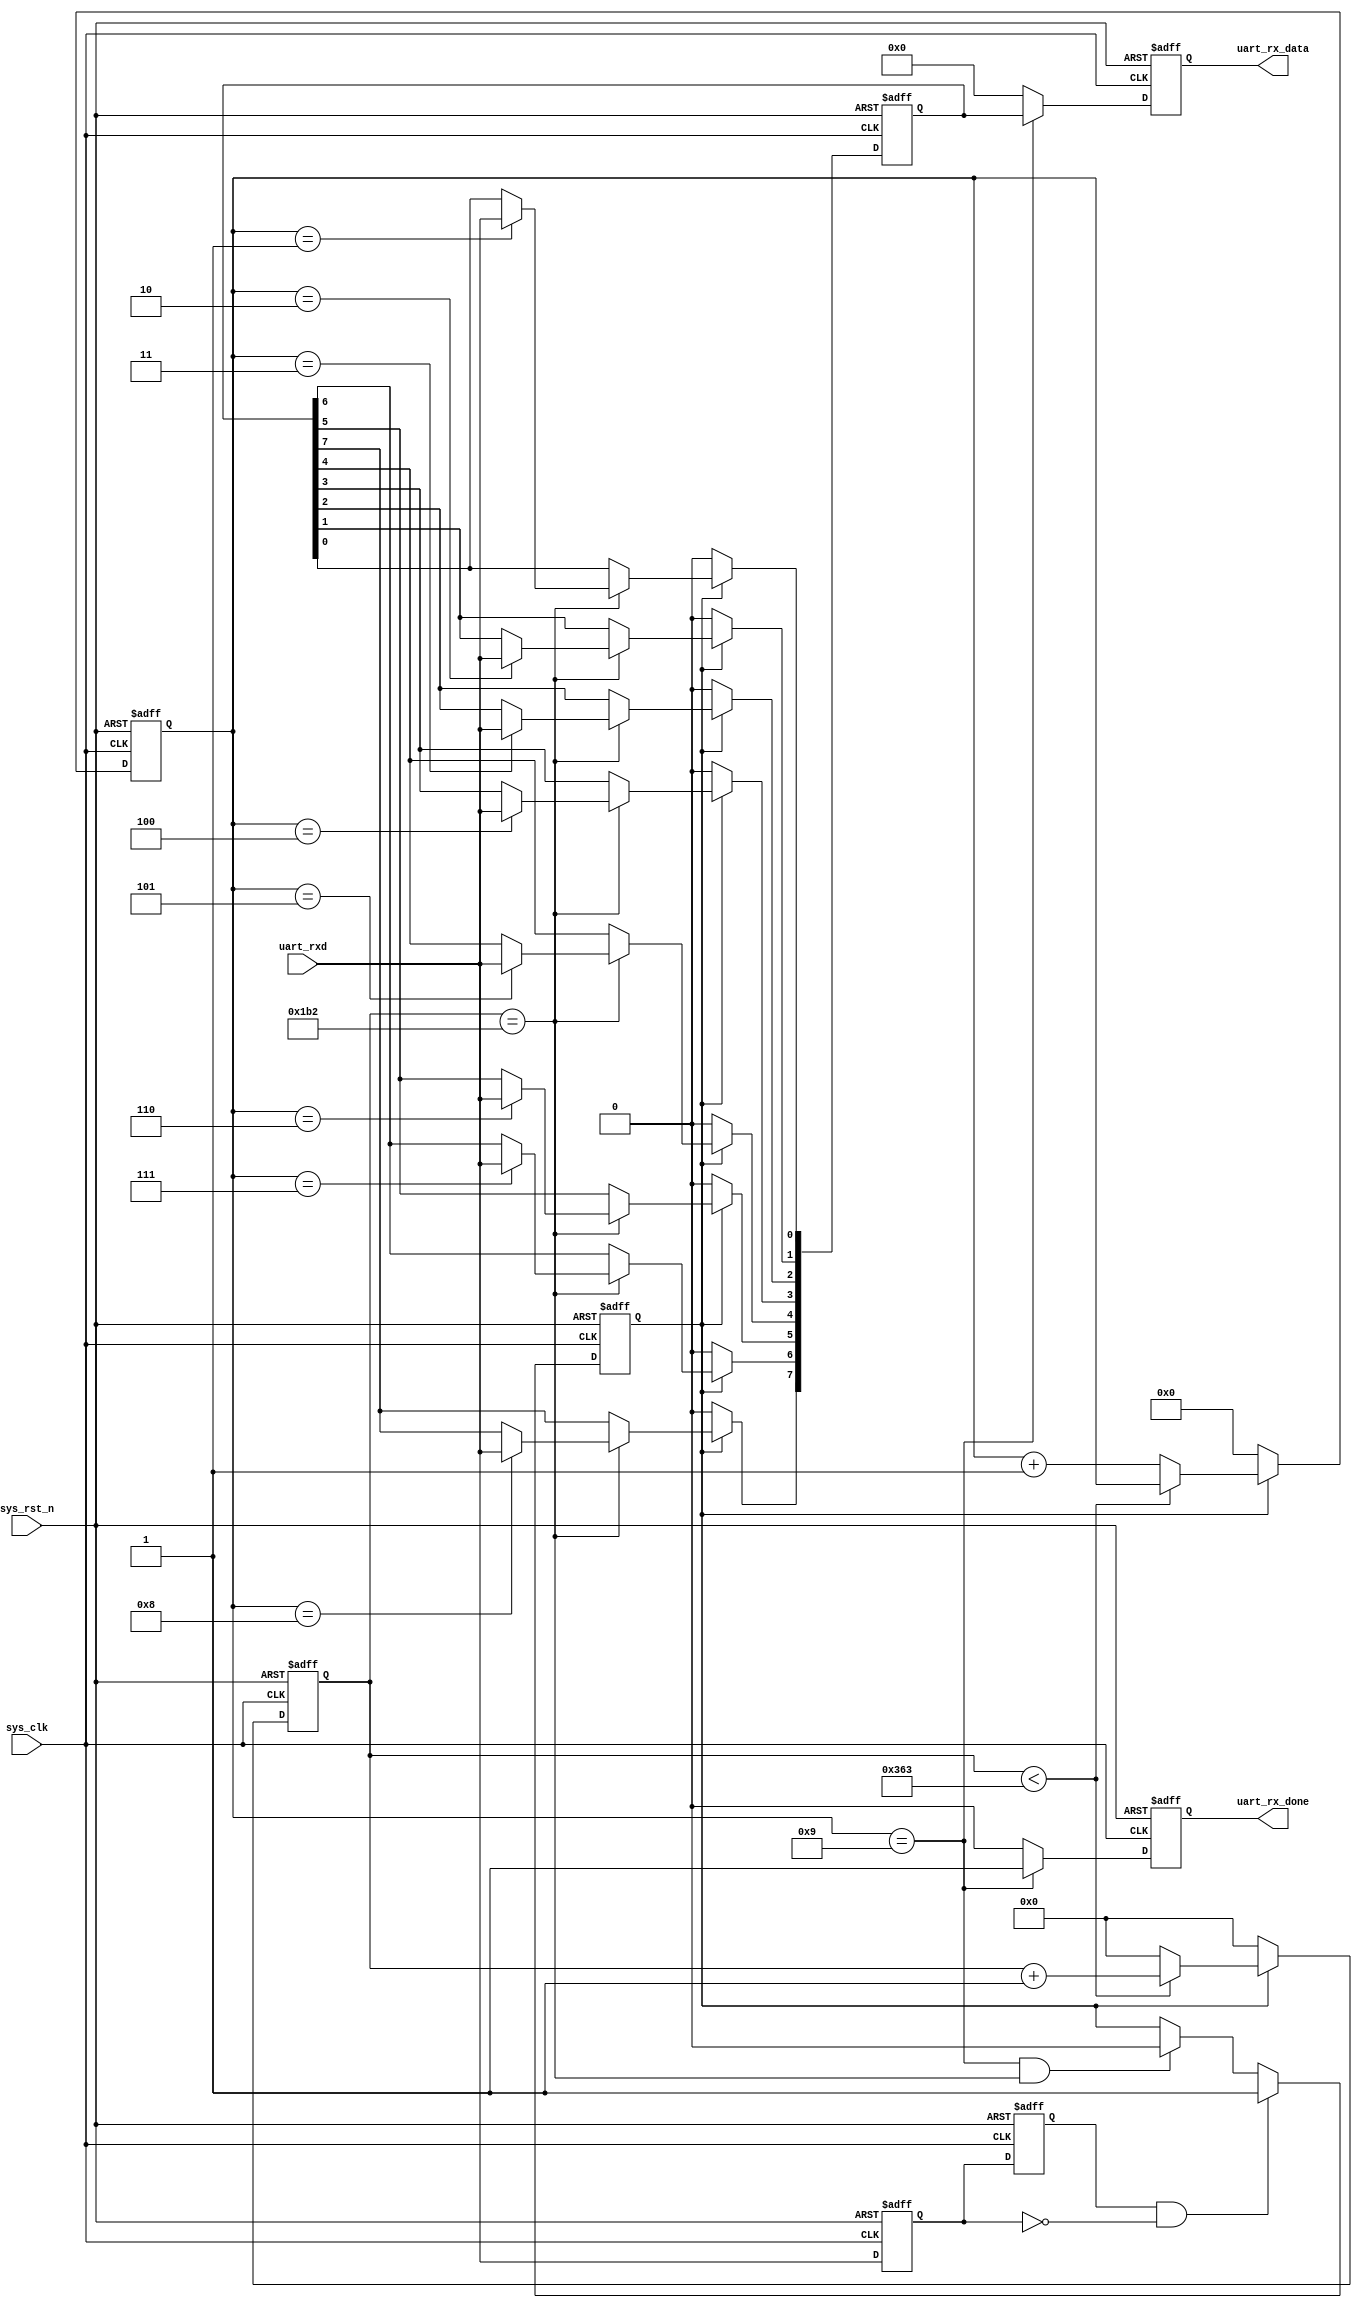
module uart_rx(
	input 			sys_clk,			//100M
	input 			sys_rst_n,			//
	input 			uart_rxd,			//
	output reg 		uart_rx_done,		//
	output reg [7:0]uart_rx_data		//
);
//
parameter	BPS=115200;					//115200bps
parameter	SYS_CLK_FRE=100_000_000;		//100M
localparam	BPS_CNT=SYS_CLK_FRE/BPS;	//
 
reg 			uart_rx_d0;		//1
reg 			uart_rx_d1;		//2
reg [15:0]		clk_cnt;				//
reg [3:0]		rx_cnt;					//
reg 			rx_flag;				//
reg [7:0]		uart_rx_data_reg;		//
	
wire 			neg_uart_rx_data;		//
 
assign	neg_uart_rx_data=uart_rx_d1 & (~uart_rx_d0);  //
//12
always@(posedge sys_clk or negedge sys_rst_n)begin
	if(!sys_rst_n)begin
		uart_rx_d0<=1'b0;
		uart_rx_d1<=1'b0;
	end
	else begin
		uart_rx_d0<=uart_rxd;
		uart_rx_d1<=uart_rx_d0;
	end		
end
//09
always@(posedge sys_clk or negedge sys_rst_n)begin
	if(!sys_rst_n)
		rx_flag<=1'b0;
	else begin 
		if(neg_uart_rx_data)
			rx_flag<=1'b1;
		else if((rx_cnt==4'd9)&&(clk_cnt==BPS_CNT/2))//9
			rx_flag<=1'b0;
		else 
			rx_flag<=rx_flag;			
	end
end

//
//BPS_CNT1
always@(posedge sys_clk or negedge sys_rst_n)begin
	if(!sys_rst_n)begin
		rx_cnt<=4'd0;
		clk_cnt<=16'd0;
	end
	else if(rx_flag)begin
		if(clk_cnt<BPS_CNT-1'b1)begin
			clk_cnt<=clk_cnt+1'b1;
			rx_cnt<=rx_cnt;
		end
		else begin
			clk_cnt<=16'd0;
			rx_cnt<=rx_cnt+1'b1;
		end
	end
	else begin
		rx_cnt<=4'd0;
		clk_cnt<=16'd0;
	end		
end
//
always@(posedge sys_clk or negedge sys_rst_n)begin
	if(!sys_rst_n)
		uart_rx_data_reg<=8'd0;
	else if(rx_flag)
		if(clk_cnt==BPS_CNT/2) begin
			case(rx_cnt)			
				4'd1:uart_rx_data_reg[0]<=uart_rxd;
				4'd2:uart_rx_data_reg[1]<=uart_rxd;
				4'd3:uart_rx_data_reg[2]<=uart_rxd;
				4'd4:uart_rx_data_reg[3]<=uart_rxd;
				4'd5:uart_rx_data_reg[4]<=uart_rxd;
				4'd6:uart_rx_data_reg[5]<=uart_rxd;
				4'd7:uart_rx_data_reg[6]<=uart_rxd;
				4'd8:uart_rx_data_reg[7]<=uart_rxd;
				default:;
			endcase
		end
		else
			uart_rx_data_reg<=uart_rx_data_reg;
	else
		uart_rx_data_reg<=8'd0;
end	
//
always@(posedge sys_clk or negedge sys_rst_n)begin
	if(!sys_rst_n)begin
		uart_rx_done<=1'b0;
		uart_rx_data<=8'd0;
	end	
	else if(rx_cnt==4'd9)begin
		uart_rx_done<=1'b1;
		uart_rx_data<=uart_rx_data_reg;
	end		
	else begin
		uart_rx_done<=1'b0;
		uart_rx_data<=8'd0;
	end
end
endmodule